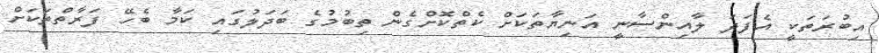
އިބުރަތަކީ އެފަދަ ލާއިންސާނީ އަނިޔާތަކަށް ކެތްކޮށްގެން ތިބުމުގެ ބަދަލުގައި ކަމާ ބެހޭ ފަރާތްތަަކަށް